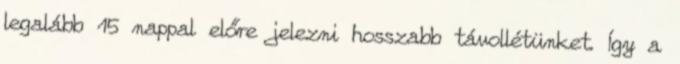
legalább 15 nappal előre jelezni hosszabb távollétünket. Így a